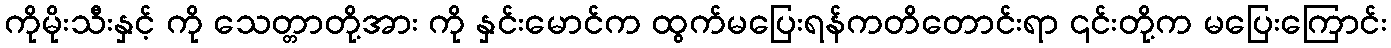
ကိုမိုးသီးနှင့် ကို သေတ္တာတို့အား ကို နှင်းမောင်က ထွက်မပြေးရန်ကတိတောင်းရာ ၎င်းတို့က မပြေးကြောင်း